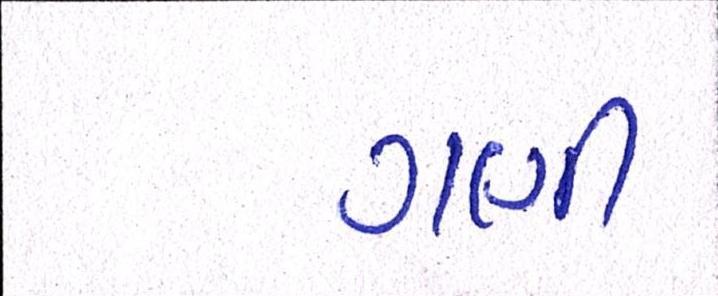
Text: ગણી